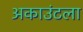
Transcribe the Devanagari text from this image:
अकाउंटला